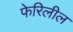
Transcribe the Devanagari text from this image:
फेरिलील